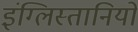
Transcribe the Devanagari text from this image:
इंग्लिस्तानियों